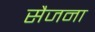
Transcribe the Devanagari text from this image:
सैजना